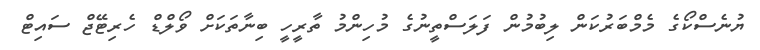
ޔުނެސްކޯގެ މެމްބަރުކަން ލިބުމުން ފަލަސްތީނުގެ މުހިންމު ތާރީހީ ބިނާތަކަށް ވޯލްޑް ހެރިޓޭޖް ސައިޓް